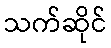
သက်ဆိုင်